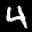
Label: 4